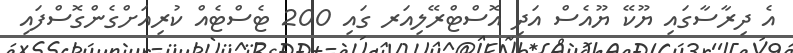
އެ ދިރާސާގައި ޔޫކޭ ޔޫއެސް އަދި އޮސްޓްރޭލިއަރ ގައި 200 ޓެސްޓެއް ކުރިއަށްގެންގޮސްފައި